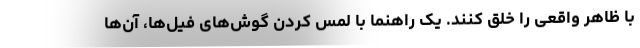
با ظاهر واقعی را خلق کنند. یک راهنما با لمس کردن گوش‌های فیل‌ها، آن‌ها